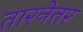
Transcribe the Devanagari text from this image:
तारनेतर